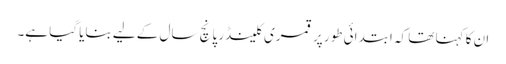
ان کا کہنا تھا کہ ابتدائی طور پر قمری کلینڈر پانچ سال کے لیے بنایا گیا ہے۔